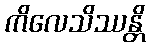
ကိလေသိဿန္တိ